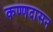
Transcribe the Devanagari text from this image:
कण्णदासन